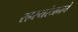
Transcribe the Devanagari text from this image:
रहस्यरंजनचे